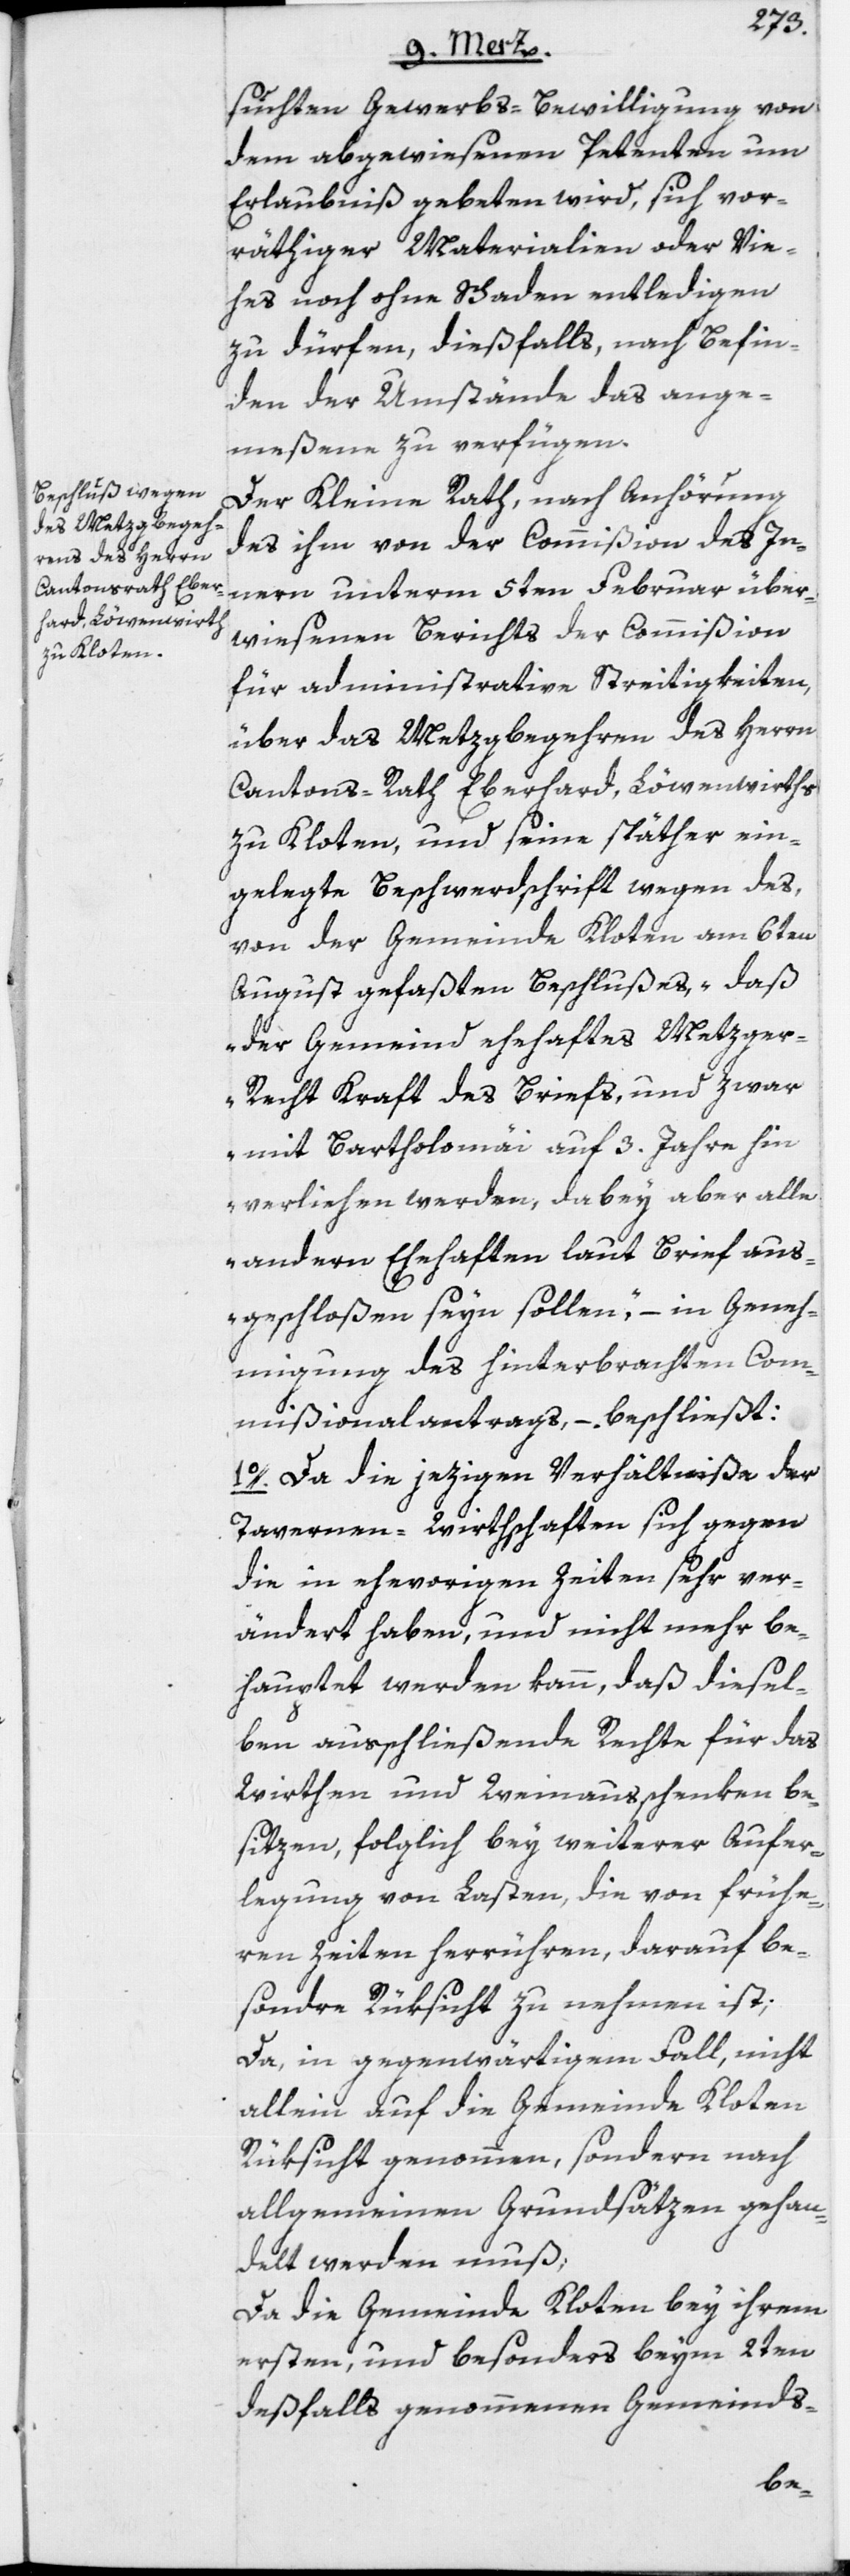
suchten Gewerbs-Bewilligung von
dem abgewiesenen Petenten um
Erlaubniß gebeten wird, sich vor¬
räthiger Materialien oder Vie¬
hes noch ohne Schaden entledigen
zu dürfen, dießfalls, nach Befin¬
den der Umstände das ange¬
meßene zu verfügen.
Der Kleine Rath, nach Anhörung
des ihm von der Commißion des In¬
nern unterm 5ten Februar über¬
wiesenen Berichts der Commißion
für administrative Streitigkeiten,
über das Metzgbegehren des Herrn
Cantons-Rath Eberhard, Löwenwirths
zu Kloten, und seine späther ein¬
gelegte Beschwerdschrift wegen des,
von der Gemeinde Kloten am 6ten
August gefaßten Beschlußes, „daß
der Gemeind ehehaftes Metzge¬
r-Recht Kraft des Briefs, und zwar
mit Bartholomäi auf 3. Jahre hin
verliehen werden, dabey aber alle
andern Ehehaften laut Brief aus¬
geschloßen seyn sollen,“ – in Geneh¬
migung des hinterbrachten Com¬
mißionalantrags, – beschließt:
1o. Da die jezigen Verhältniße der
Tavernen-Wirthschaften sich gegen
die in ehevorigen Zeiten sehr ver¬
ändert haben, und nicht mehr be¬
hauptet werden kann, daß diesel¬
ben ausschließende Rechte für das
Wirthen und Weinausschenken be¬
sitzen, folglich bey weiterer Aufer¬
legung von Lasten, die von frühe¬
ren Zeiten herrühren, darauf be¬
sondre Rüksicht zu nehmen ist;
Da, in gegenwärtigem Fall, nicht
allein auf die Gemeinde Kloten
Rüksicht genommen, sondern nach
allgemeinen Grundsätzen gehan¬
delt werden muß;
Da die Gemeinde Kloten bey ihrem
ersten, und besonders beym 2ten
d[i]eßfalls genommenen Gemeinds-